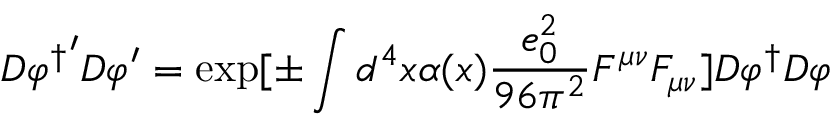
{ \cal D } { \varphi ^ { \dagger } } ^ { \prime } { \cal D } \varphi ^ { \prime } = \exp [ \pm \int d ^ { 4 } x \alpha ( x ) \frac { e _ { 0 } ^ { 2 } } { 9 6 \pi ^ { 2 } } F ^ { \mu \nu } F _ { \mu \nu } ] { \cal D } { \varphi ^ { \dagger } } { \cal D } \varphi